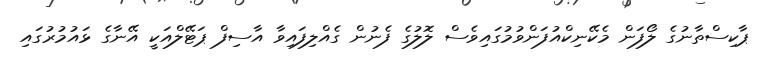
ޕާކިސްތާނުގެ ލޯފަން މެކޭނިކްއުފަންވުމުގައިވެސް ލޮލުގެ ފެނުން ގެއްލިފައިވާ އާސިފް ޕަޓޭލްއަކީ އޭނާގެ ޅައުމުރުގައި